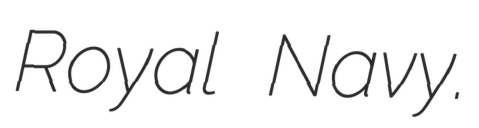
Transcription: Royal Navy.